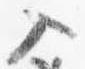
入